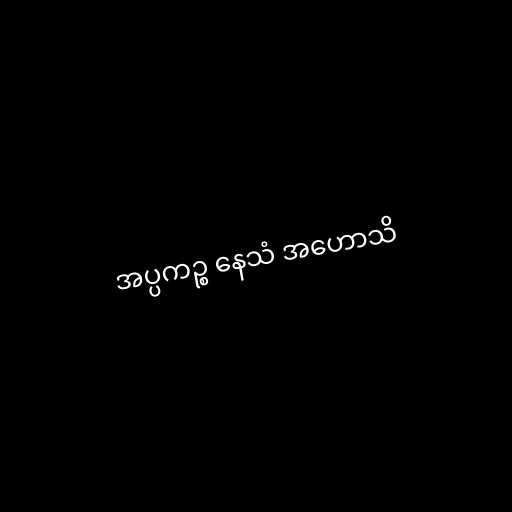
အပ္ပကဉ္စ နေသံ အဟောသိ